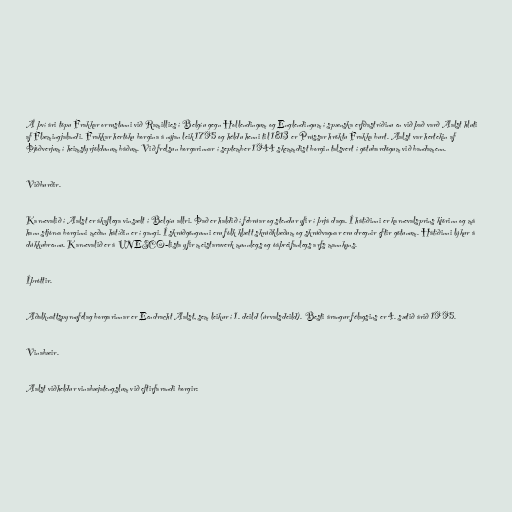
Á því ári töpu Frakkar orrustunni við Ramillies í Belgíu gegn Hollendingum og Englendingum í spænska erfðastríðinu en við það varð Aalst hluti
af Flæmingjalandi. Frakkar hertóku borgina á nýjan leik 1795 og héldu henni til 1813 er Prússar hröktu Frakka burt. Aalst var hertekin af
Þjóðverjum í heimstyrjöldunum báðum. Við frelsun borgarinnar í september 1944 skemmdist borgin talsvert í götubardögum við bandamenn.

Viðburðir.

Karnevalið í Aalst er ákaflega vinsælt í Belgíu allri. Það er haldið í febrúar og stendur yfir í þrjá daga. Í hátíðinni er karnevalsprins kjörinn og má
hann stjórna borginni meðan hátíðin er í gangi. Í skrúðgöngunni eru fólk klætt skrúðklæðum og skrúðvagnar eru dregnir eftir götunum. Hátíðinni lýkur á
dúkkubrennu. Karnevalið er á UNESCO-lista yfir meistaraverk munnlegs og óáþreifanlegs arfs mannkyns.

Íþróttir.

Aðalknattspyrnufélag borgarinnar er Eendracht Aalst, sem leikur í 1. deild (úrvalsdeild). Besti árangur félagsins er 4. sætið árið 1995.

Vinabæir.

Aalst viðheldur vinabæjatengslum við eftirfarandi borgir: